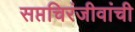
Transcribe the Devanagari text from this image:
सप्तचिरंजीवांची